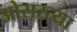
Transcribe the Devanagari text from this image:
ओसरत्या